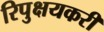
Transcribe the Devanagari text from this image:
रिपुक्षयकरी